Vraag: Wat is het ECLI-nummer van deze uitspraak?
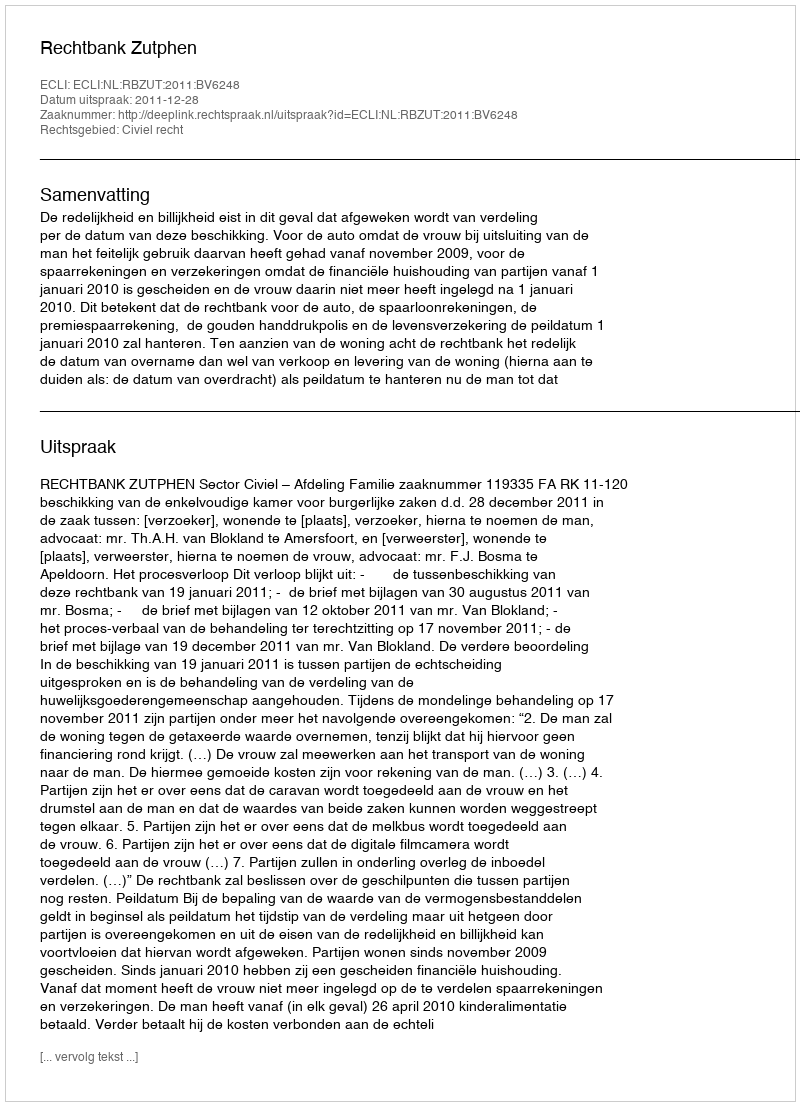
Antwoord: ECLI:NL:RBZUT:2011:BV6248